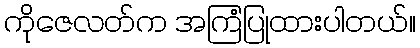
ကိုဇေလတ်က အကြံပြုထားပါတယ်။